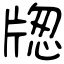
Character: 牎